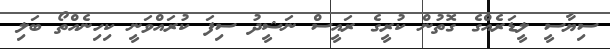
ސިޔާސީ ލީޑަރެއްގެ ގޮތުން ކުރީގެ ރައީސް ނަޝީދު ސިފަ ކުރައްވަނީ ކިހިނެއްތޯ ބަލި